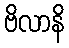
ဗိလာနိ